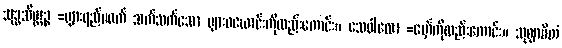
သုဒ္ဓသိတ္ထဉ္စ =ပျားရည်မဖက် သက်သက်သော ပျားဖယောင်းကိုလည်းကောင်း။ သေဝါလော =မှော်ကိုလည်းကောင်း။ သုဈာပိတံ